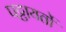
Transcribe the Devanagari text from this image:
पट्टायतों